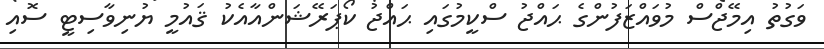
ވަގުތު އިމޭޖްސް މުވައްޒަފުންގެ ޙައްޖު ސްކީމުގައި ޙައްޖު ކޯޕަރޭޝަންއާއެކު ޤައުމީ ޔުނިވާސިޓީ ސޮއި